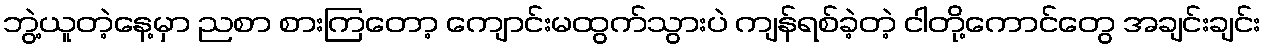
ဘွဲ့ယူတဲ့နေ့မှာ ညစာ စားကြတော့ ကျောင်းမထွက်သွားပဲ ကျန်ရစ်ခဲ့တဲ့ ငါတို့ကောင်တွေ အချင်းချင်း